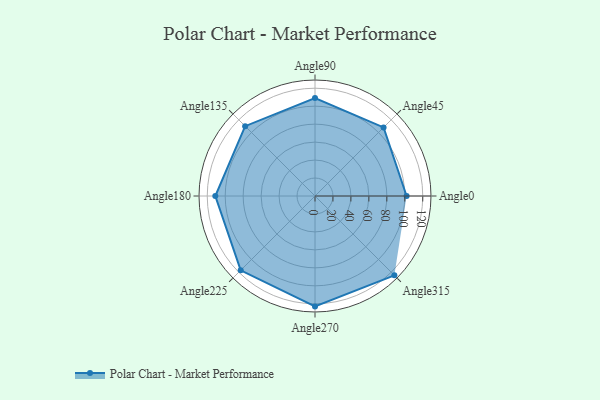
{"axis": {"x": "Angle", "y": "Radius"}, "legend": [""], "data": [{"x": "Angle0", "y": 102.0, "type": ""}, {"x": "Angle45", "y": 108.0, "type": ""}, {"x": "Angle90", "y": 109.0, "type": ""}, {"x": "Angle135", "y": 110.0, "type": ""}, {"x": "Angle180", "y": 111.0, "type": ""}, {"x": "Angle225", "y": 117.0, "type": ""}, {"x": "Angle270", "y": 123.0, "type": ""}, {"x": "Angle315", "y": 125.0, "type": ""}]}